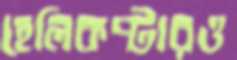
হেলিকপ্টারও